Document type: payment_order
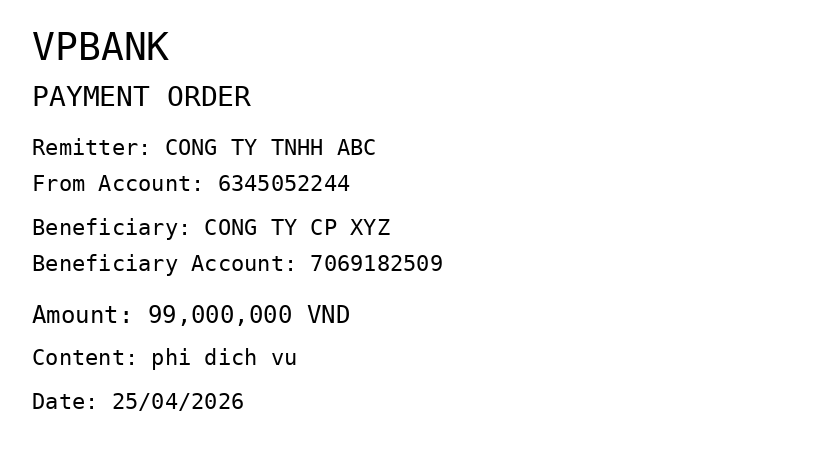
OCR transcript:
VPBANK
PAYMENT ORDER
Remitter: CONG TY TNHH ABC
From Account: 6345052244
Beneficiary: CONG TY CP XYZ
Beneficiary Account: 7069182509
Amount: 99,000,000 VND
Content: phi dich vu
Date: 25/04/2026
Extracted fields:
bank_name: vpbank
sender_name: cong ty tnhh abc
sender_account: 6345052244
beneficiary_name: cong ty cp xyz
beneficiary_account: 7069182509
amount: 99000000
content: phi dich vu
date: 2026-04-25